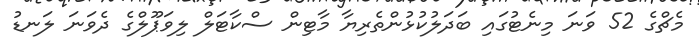
މެޗްގެ 52 ވަނަ މިނެޓުގައި ބަދަލުކުޅުންތެރިޔާ މާޓިން ސްކާޓަލް ލިވަޕޫލްގެ ދެވަނަ ލަނޑު